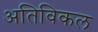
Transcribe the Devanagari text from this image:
अतिविकल